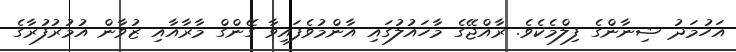
އަހުމަދު ޝިނާންގެ ފިލްމެކެވެ. ރާއްޖޭގެ މާހައުލުގައި އާންމުވެފައިވާ ގޭންގް މާރާއާއި ޒުވާން އުމުރުފުރާގެ